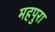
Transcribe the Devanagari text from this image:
महपुरा